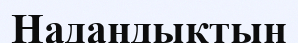
Надандықтың